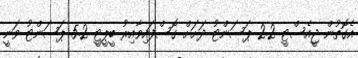
އެގޮތުން ޖީއެސްޓީ 2.2 ޕަސަންޓު ދަށަށް ގޮސްފައިވާއިރު ބީޕީޓީ 5.2 ޕަސަންޓު ވަނީ